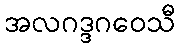
အလဂဒ္ဒဂဝေသီ